Account of plague administration in the Bombay Presidency from September 1896 till May 1897
Year: 1896
Disease focus: Plague
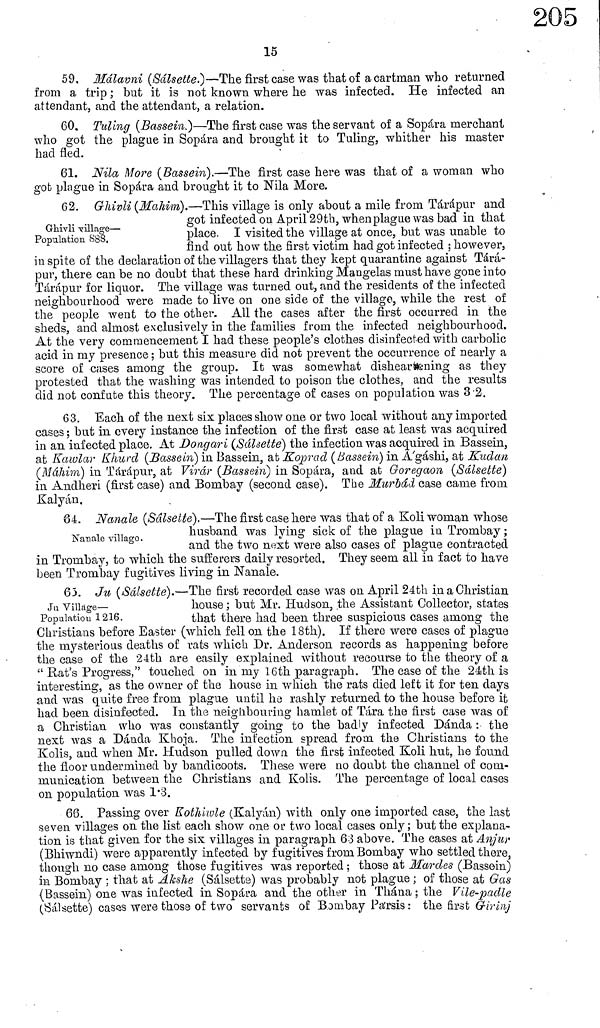
15
59. Málavni (Sálsette.)—The first case was that of a cartman who returned
from a trip ; but it is not known where he was infected. He infected an
attendant, and the attendant, a relation.
60. Tilling (Bassein.)—The first case was the servant of a Sopara merchant
who got the plague in Sopara and brought it to Tulling, whither his master
had fled.
61. Nila More (Bassein).—The first case here was that of a woman who
got plague in Sopara and brought it to Nila More.
Glaivli village—
Population 888.
62. Ghivli (Mahim).—This village is only about a mile from Tárápur and
got infected on April 29th, when plague was bad in that
place. I visited the village at once, but was unable to
find out how the first victim had got infected : however,
in spite of the declaration of the villagers that they kept quarantine against Tara-
pur, there can be no doubt that these hard drinking Mangelas must have gone into
Tárápur for liquor. The village was turned out, and the residents of the infected
neighbourhood were made to live on one side of the village, while the rest of
the people went to the other. All the cases after the first occurred in the
sheds, and almost exclusively in the families from the infected neighbourhood.
At the very commencement I had these people's clothes disinfected with carbolic
acid in my presence ; but this measure did not prevent the occurrence of nearly a
score of cases among the group. It was somewhat disheartening as they
protested that the washing was intended to poison the clothes, and the results
did not confute this theory. The percentage of cases on population was 3.2.
63. Each of the next six places show one or two local without any imported
cases ; but in every instance the infection of the first case at least was acquired
in an infected place. At Dongari (Sálsette) the infection was acquired in Bassein,
at Kawlar Khurd (Bassein) in Bassein, at Koprad (Bassein) in A'gáshi, at Kudan
(Máhim) in Tárápur, at Virar (Bassein) in Sopara, and at Goregaon (Sálsette)
in Andheri (first case) and Bombay (second case). The Murbád case came from
Kalyán.
Nanale village.
64. Nanale (Sálsette).—The first case here was that of a Koli woman whose
husband was lying sick of the plague in Trombay ;
and the two next were also cases of plague contracted
in Trombay, to which the sufferers daily resorted. They seem all in fact to have
been Trombay fugitives living in Nanale.
Ju Village—
Population 1216.
63. Ju (Sálsette).—The first recorded case was on April 24th in a Christian
house ; but Mr. Hudson, the Assistant Collector, states
that there had been three suspicious cases among the
Christians before Easter (which fell on the 18th). If there were cases of plague
the mysterious deaths of rats which Dr. Anderson records as happening before
the case of the 24th are easily explained without recourse to the theory of a
" Rat's Progress," touched on in my 16th paragraph. The case of the 24th is
interesting, as the owner of the house in which the rats died left it for ten days
and was quite free from plague until ha rashly returned to the house before it
had been disinfected. In the neighbouring hamlet of Tára the first case was of
a Christian who was constantly going to the badly infected Dánda : the
next was a Dánda Khoja. The infection spread from the Christians to the
Kolis, and when Mr. Hudson pulled clown the first infected Koli hut, he found
the floor undermined by bandicoots. These were no doubt the channel of com-
munication between the Christians and Kolis. The percentage of local cases
011 population was 1.3.
66. Passing over Kothiwle (Kalyán) with only one imported case, the last
seven villages on the list each show one or two local cases only ; but the explana-
tion is that given for the six villages in paragraph 63 above. The cases at Anjur
(Bhiwndi) were apparently infected by fugitives from Bombay who settled there,
though no case among those fugitives was reported ; those at Mardes (Bassein)
in Bombay ; that at Akshe (Sálsette) was probably not plague ; of those at Gas
(Bassein) one was infected in Sopára and the other in Thána ; the Vile-padle
(Sálsette) cases were those of two servants of Bombay Pa'rsis : the first Girinj